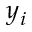
y _ { i }